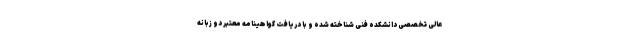
عالی تخصصی دانشکده فنی شناخته شده و با دریافت گواهینامه معتبر دو زبانه